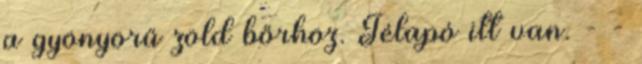
a gyönyörű zöld bőrhöz. Télapó itt van. - -